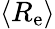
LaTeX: \langle R_{\mathrm{e}}\rangle